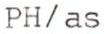
PH/as